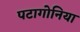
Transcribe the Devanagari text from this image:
पटागोनिया